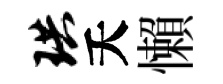
珙夭懶